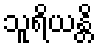
သူရိယန္တိ